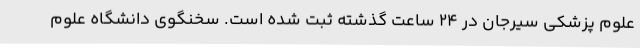
علوم پزشکی سیرجان در 24 ساعت گذشته ثبت شده است. سخنگوی دانشگاه علوم